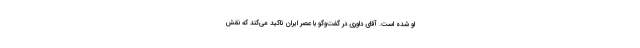
او شده است. آقای داوری در گفت‌وگو با عصر ایران تاکید می‌کند که نقش